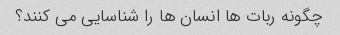
چگونه ربات ها انسان ها را شناسایی می کنند؟